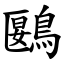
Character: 鶠